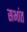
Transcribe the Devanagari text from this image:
सभांत